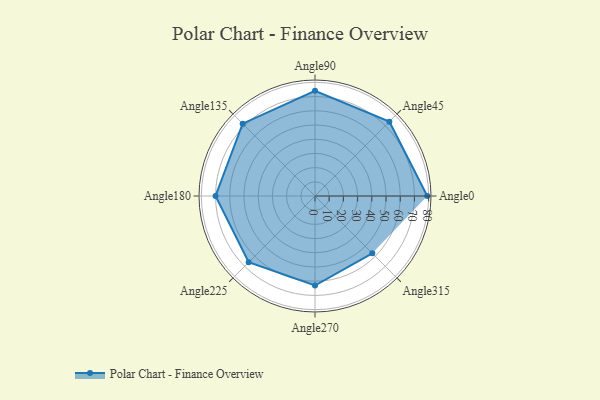
{"axis": {"x": "Angle", "y": "Radius"}, "legend": [""], "data": [{"x": "Angle0", "y": 79.0, "type": ""}, {"x": "Angle45", "y": 74.0, "type": ""}, {"x": "Angle90", "y": 74.0, "type": ""}, {"x": "Angle135", "y": 72.0, "type": ""}, {"x": "Angle180", "y": 70.0, "type": ""}, {"x": "Angle225", "y": 66.0, "type": ""}, {"x": "Angle270", "y": 63.0, "type": ""}, {"x": "Angle315", "y": 57.0, "type": ""}]}